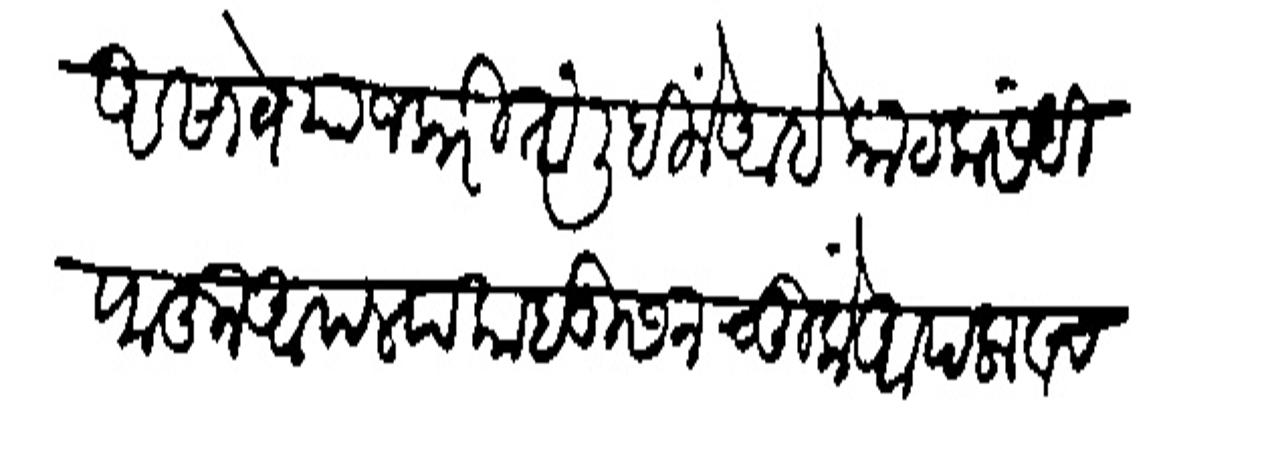
Transliteration (Devanagari): असाबे याजकरितां लिहिलें आहे काटक संधि पाहून आपल्या काबूस न चुकें आपला व चवाणाचा